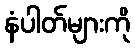
နံပါတ်များကို